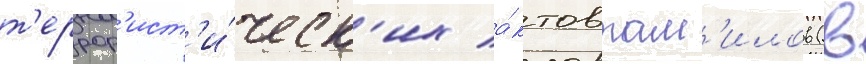
т'еррор'ист'и́ческ'их а́ктов там'илов (в